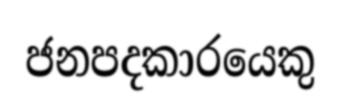
ජනපදකාරයෙකු